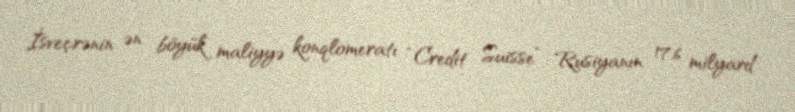
İsveçrənin ən böyük maliyyə konqlomeratı “Credit Suisse” Rusiyanın 17,6 milyard